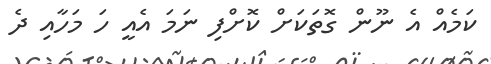
ކަމެއް އެ ނޫން ގޮތަކަށް ކޮށްފި ނަމަ އެއީ ހަ މަހާއި ދެ